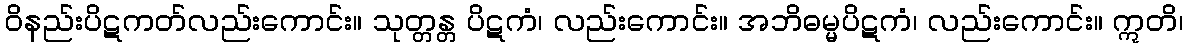
ဝိနည်းပိဋကတ်လည်းကောင်း။ သုတ္တန္တ ပိဋကံ၊ လည်းကောင်း။ အဘိဓမ္မပိဋကံ၊ လည်းကောင်း။ ဣတိ၊